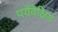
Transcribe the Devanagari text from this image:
पर्यंवेक्षिय